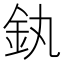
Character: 釻